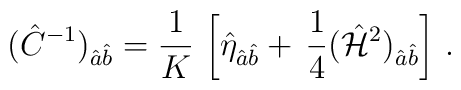
(\hat{C}^{-1})_{\hat{a}\hat{b}} = {1 \over K} \, \left[\hat{\eta}_{\hat{a}\hat{b}} + \, {1\over 4}(\hat{{\cal H}}^2)_{\hat{a}\hat{b}} \right] \, .